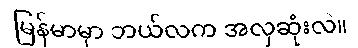
မြန်မာမှာ ဘယ်လက အလှဆုံးလဲ။